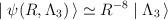
LaTeX: \begin{align*}\mid \psi(R, \Lambda_3)\, \rangle \simeq R^{-8} \mid\Lambda_3\, \rangle \end{align*}